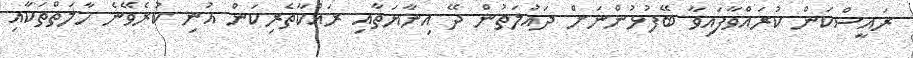
ރައީސްކަން ކުރައްވާފައިވާ ބޭފުޅުންނަށް ދައުލަތުން ދޭ އިނާޔަތާއި ރައްކާތެރިކަން އުނި ކުރެވޭނެ ހާލަތްތަކާއި